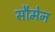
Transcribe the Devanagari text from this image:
सौमेन